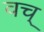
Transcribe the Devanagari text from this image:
वच्